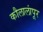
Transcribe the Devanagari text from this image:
कौलालांपूर